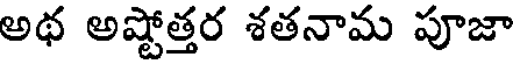
అథ అష్టోత్తర శతనామ పూజా